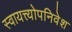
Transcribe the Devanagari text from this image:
स्वायत्त्योपनिवेश